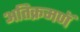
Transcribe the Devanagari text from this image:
अतिक्रमणॅ